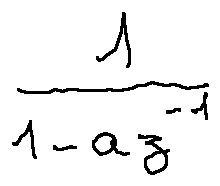
\frac { 1 } { 1 - a z ^ { - 1 } }